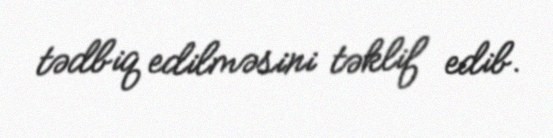
tədbiq edilməsini təklif edib.